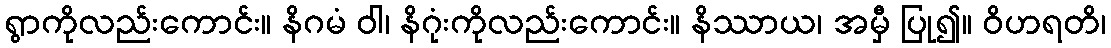
ရွာကိုလည်းကောင်း။ နိဂမံ ဝါ၊ နိဂုံးကိုလည်းကောင်း။ နိဿာယ၊ အမှီ ပြု၍။ ဝိဟရတိ၊